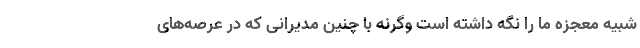
شبیه معجزه ما را نگه داشته است وگرنه با چنین مدیرانی که در عرصه‌های